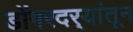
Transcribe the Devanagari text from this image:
डोंगरदर्‍यांतून